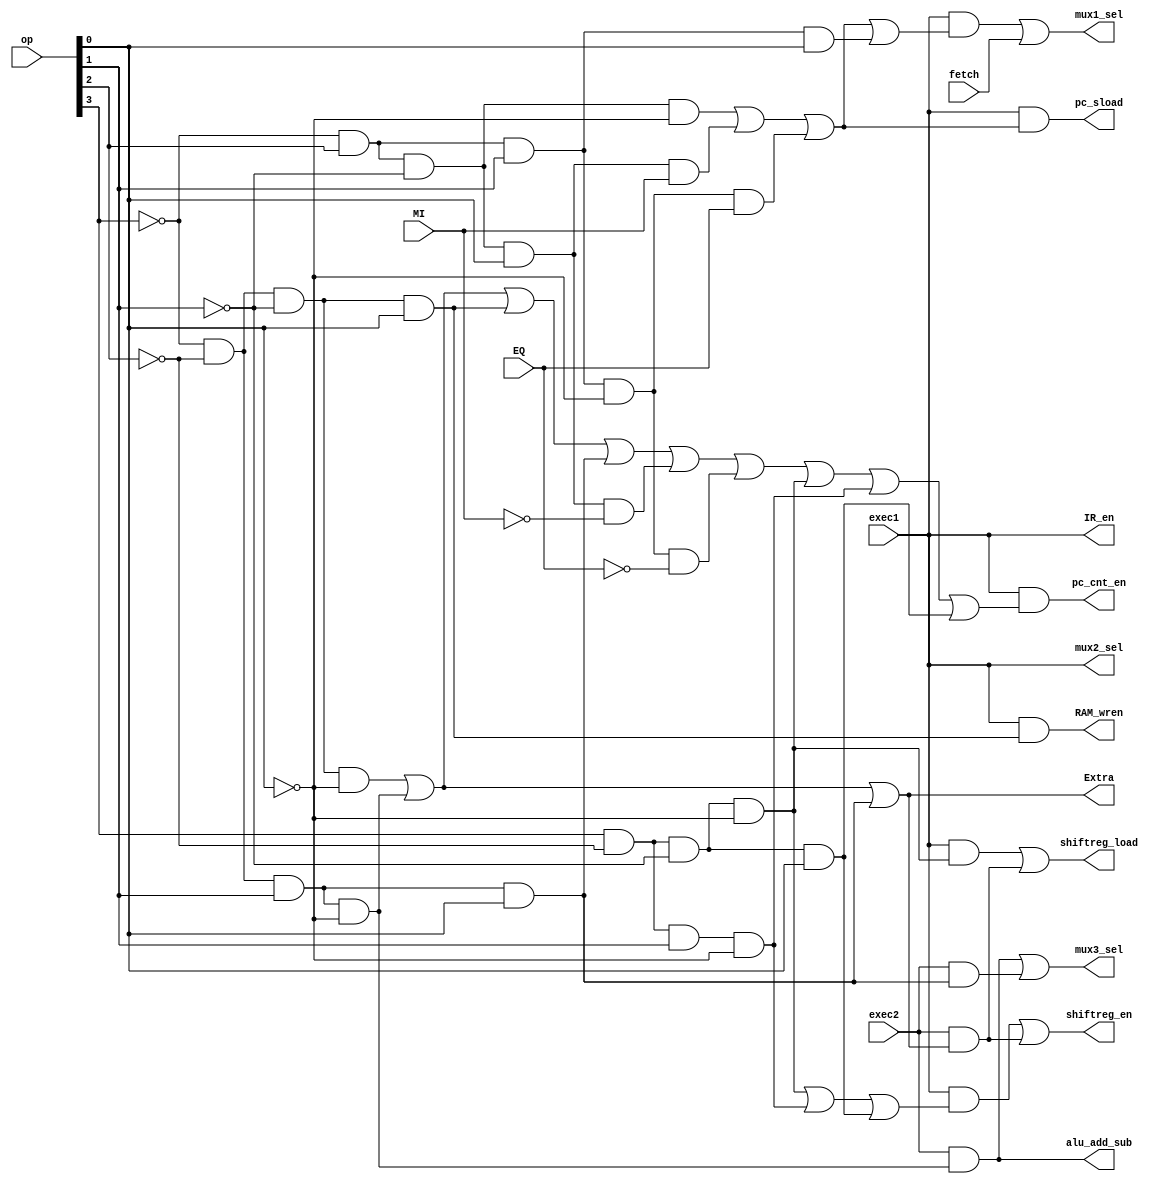
module DECODE
(

input fetch,
input exec1,
input exec2,
//op=opcode(First_Four_Bits_Of_Insuction)
input [3:0] op,
input EQ,
input MI,

output Extra,
output shiftreg_en,
output shiftreg_load,
output alu_add_sub,
output pc_sload,
output pc_cnt_en,
output mux1_sel,
output mux2_sel,
output mux3_sel,
output IR_en,
output RAM_wren
);

wire LDA,STA,ADD,SUB,JMP,JMI,JEQ,STP,LDI,LSL,LSR;
assign LDA = ~op[3] & ~op[2] & ~op[1] & ~op[0]; //0000
assign STA = ~op[3] & ~op[2] & ~op[1] &  op[0]; //0001
assign ADD = ~op[3] & ~op[2] &  op[1] & ~op[0]; //0010
assign SUB = ~op[3] & ~op[2] &  op[1] &  op[0]; //0011
assign JMP = ~op[3] &  op[2] & ~op[1] & ~op[0]; //0100
assign JMI = ~op[3] &  op[2] & ~op[1] &  op[0]; //0101
assign JEQ = ~op[3] &  op[2] &  op[1] & ~op[0]; //0110
assign STP = ~op[3] &  op[2] &  op[1] &  op[0]; //0111
assign LDI =  op[3] & ~op[2] & ~op[1] & ~op[0]; //1000
assign LSL =  op[3] & ~op[2] & ~op[1] &  op[0]; //1001
assign LSR =  op[3] & ~op[2] &  op[1] & ~op[0]; //1010

assign Extra = LDA|ADD|SUB;  
assign pc_sload = exec1 & (JMP | JMI&MI | JEQ&EQ );
assign pc_cnt_en = exec1 & (ADD | LDA | STA | SUB | JMI&~MI | JEQ&~EQ | LDI | LSR | LSL ); 
assign mux1_sel = exec1 & (JMP | JMI&MI | JEQ&EQ | STP) | fetch;
assign mux2_sel = exec1;
assign mux3_sel = exec2&ADD | exec2&SUB;
assign IR_en = exec1;
assign RAM_wren = exec1&STA;
assign shiftreg_en = exec1&(LDI | LSR | LSL) | exec2&(LDA | ADD | SUB);
assign shiftreg_load = exec1&LDI | exec2&(LDA | ADD | SUB);
assign alu_add_sub = exec2&ADD; 
endmodule